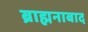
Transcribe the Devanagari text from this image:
ब्राह्मनाबाद